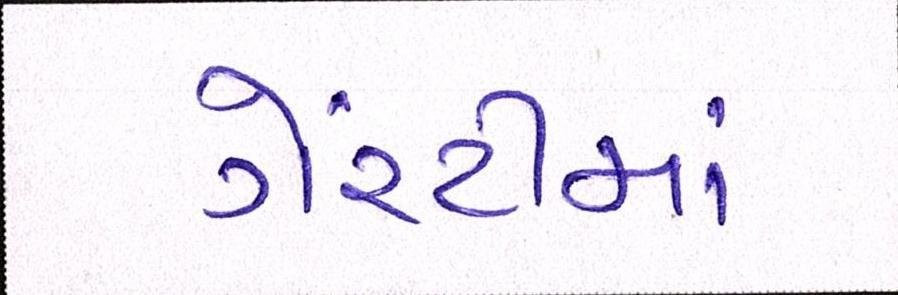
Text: ગેરંટીમાં